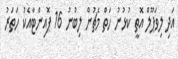
އަދި ލިވަޕޫލް އޮތީ ކުޅުނު ހަތް މެޗުން ލިބުނު 16 ޕޮއިންޓާއެކު ހަތަރު